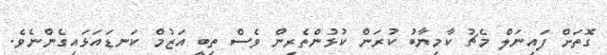
ގޮތަށް ފައިނަލް މެޗު ކާމިޔާބު ކުރަން ކުޅުންތެރިން ވެސް ތިބީ އަޒުމް ކަނޑައަޅައިގެންނެވެ.